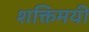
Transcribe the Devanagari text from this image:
शक्तिमयी